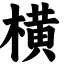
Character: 横